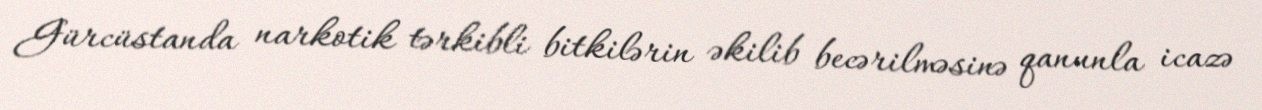
Gürcüstanda narkotik tərkibli bitkilərin əkilib becərilməsinə qanunla icazə